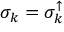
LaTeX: \sigma _ { k } = \sigma _ { k } ^ { \uparrow }